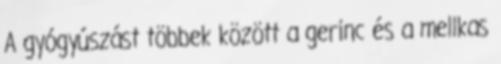
A gyógyúszást többek között a gerinc és a mellkas